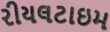
રીયલટાઇમ